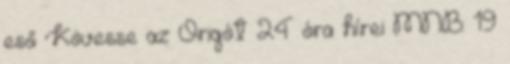
eső Kövesse az Origót 24 óra hírei MNB: 19